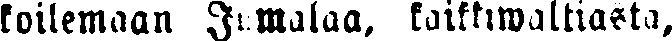
koilemaan Jumalaa, kaikkiwaltiasta,